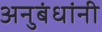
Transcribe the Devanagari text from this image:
अनुबंधांनी